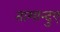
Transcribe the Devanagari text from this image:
तामान्दुए